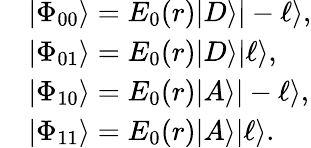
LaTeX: \begin{array}{rl}&{|\Phi_{00}\rangle=E_{0}(r)|D\rangle|-\ell\rangle,}\\ &{|\Phi_{01}\rangle=E_{0}(r)|D\rangle|\ell\rangle,}\\ &{|\Phi_{10}\rangle=E_{0}(r)|A\rangle|-\ell\rangle,}\\ &{|\Phi_{11}\rangle=E_{0}(r)|A\rangle|\ell\rangle.}\end{array}